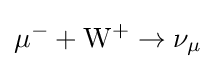
\mu ^{-}+\mathrm {W} ^{+}\to \nu _{\mu }